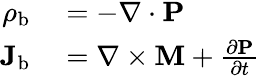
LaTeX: \begin{array}{rl}{\rho_{\mathrm{b}}}&{{}=-\nabla\cdot\mathbf{P}}\\ {\mathbf{J}_{\mathrm{b}}}&{{}=\nabla\times\mathbf{M}+{\frac{\partial\mathbf{P}}{\partial t}}}\end{array}